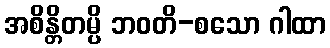
အစိန္တိတမ္ပိ ဘဝတိ-စသော ဂါထာ